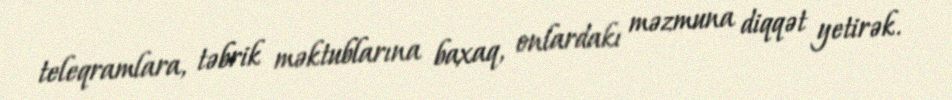
teleqramlara, təbrik məktublarına baxaq, onlardakı məzmuna diqqət yetirək.